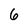
Character: 6